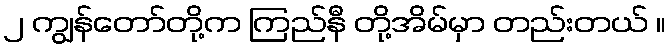
၂ ကျွန်တော်တို့က ကြည်နီ တို့အိမ်မှာ တည်းတယ် ။